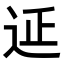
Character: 𨒂